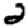
Digit: 2